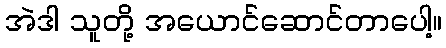
အဲဒါ သူတို့ အယောင်ဆောင်တာပေါ့။